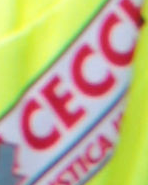
CECC